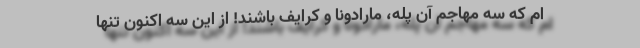
ام که سه مهاجم آن پله، مارادونا و کرایف باشند! از این سه اکنون تنها